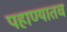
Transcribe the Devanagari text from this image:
पहाण्यातच